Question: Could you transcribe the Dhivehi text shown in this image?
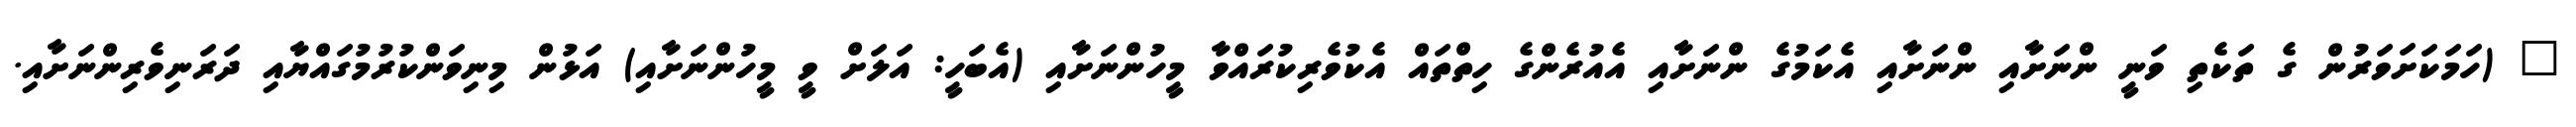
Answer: " (ހަމަކަށަވަރުން ގެ ތަކެތި ވަނީ ންނަށާއި ންނަށާއި އެކަމުގެ ންނަށާއި އެއުރެންގެ ހިތްތައް އެކުވެރިކުރައްވާ މީހުންނަށާއި (އެބަހީ: އަލަށް ވީ މީހުންނަށާއި) އަޅުން މިނިވަންކުރުމުގައްޔާއި ދަރަނިވެރިންނަށާއި.